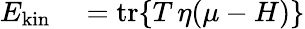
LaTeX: \begin{array}{rl}{E_{\mathrm{kin}}}&{{}=\mathrm{tr}\{ T\, \eta(\mu-H)\} }\end{array}